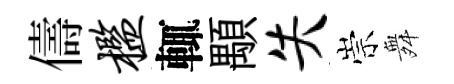
儔槛輒顒失崇舞